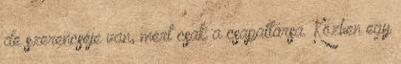
de szerencséje van, mert csak a csapattársa. Közben egy